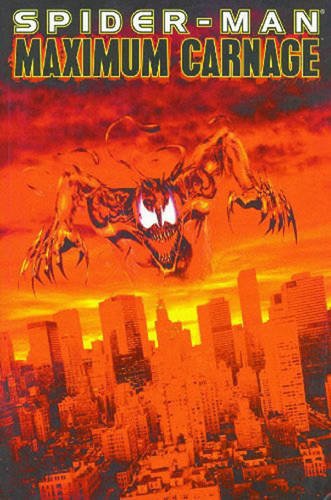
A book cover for Spider-Man: Maximum Carnage; Tom Defalco; Comics & Graphic Novels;